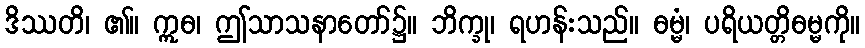
ဒိဿတိ၊ ၏။ ဣဓ၊ ဤသာသနာတော်၌။ ဘိက္ခု၊ ရဟန်းသည်။ ဓမ္မံ၊ ပရိယတ္တိဓမ္မကို။